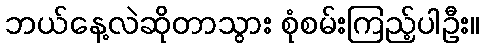
ဘယ်နေ့လဲဆိုတာသွား စုံစမ်းကြည့်ပါဦး။